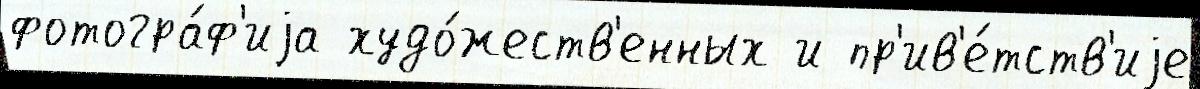
фотогра́ф'иjа худо́жеств'енных и пр'ив'е́тств'иjе